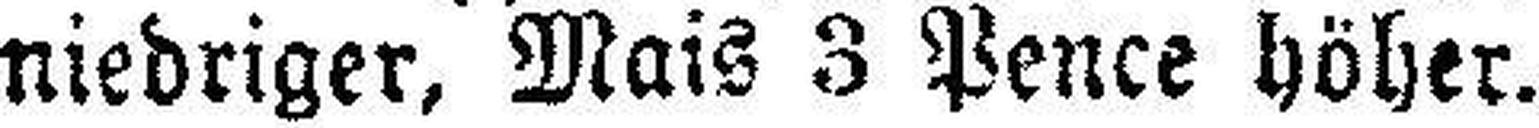
niedriger, Mais 8 Pence höher.